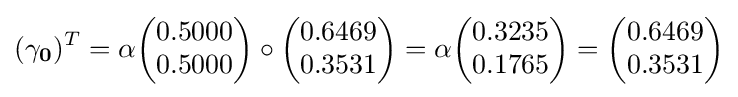
(\mathbf {\gamma _{0}} )^{T}=\alpha {\begin{pmatrix}0.5000\\0.5000\end{pmatrix}}\circ {\begin{pmatrix}0.6469\\0.3531\end{pmatrix}}=\alpha {\begin{pmatrix}0.3235\\0.1765\end{pmatrix}}={\begin{pmatrix}0.6469\\0.3531\end{pmatrix}}